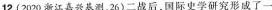
12.(2020浙江嘉兴基测，26)二战后，国际史学研究形成了一